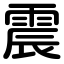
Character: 震